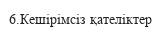
6.Кешірімсіз қателіктер